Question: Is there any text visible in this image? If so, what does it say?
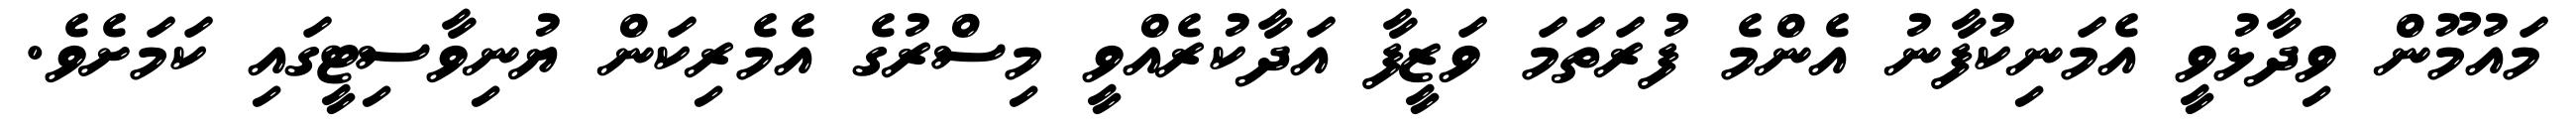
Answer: މައުމޫން ވިދާޅުވީ އެމަނިކުފާނު އެންމެ ފުރަތަމަ ވަޒީފާ އަދާކުރެއްވީ މިސްރުގެ އެމެރިކަން ޔުނިވާސިޓީގައި ކަމަށެވެ.